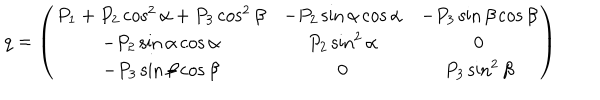
LaTeX: q = \left( \begin{matrix} { { P _ { 1 } + P _ { 2 } \cos ^ { 2 } \alpha + P _ { 3 } \cos ^ { 2 } \beta } } & { { - P _ { 2 } \sin \alpha \cos \alpha } } & { { - P _ { 3 } \sin \beta \cos \beta } } \\ { { - P _ { 2 } \sin \alpha \cos \alpha } } & { { P _ { 2 } \sin ^ { 2 } \alpha } } & { { 0 } } \\ { { - P _ { 3 } \sin \beta \cos \beta } } & { { 0 } } & { { P _ { 3 } \sin ^ { 2 } \beta } } \\ \end{matrix} \right)